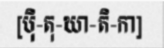
[ប៉ិ-តុ-ឃា-តិ-កា]